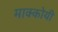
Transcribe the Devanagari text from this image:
माक्कोयी